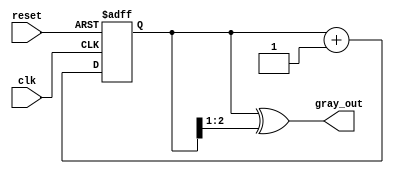
module gray_code_counter (
    input wire clk,          // Clock input
    input wire reset,        // Asynchronous reset input
    output reg [2:0] gray_out // 3-bit Gray code output
);

    reg [2:0] binary_count; // Internal binary counter

    // Convert binary to Gray code
    function [2:0] binary_to_gray;
        input [2:0] binary;
        begin
            binary_to_gray = binary ^ (binary >> 1);
        end
    endfunction

    // Sequential logic for counting
    always @(posedge clk or posedge reset) begin
        if (reset) begin
            binary_count <= 3'b000; // Reset binary counter to 0
        end else begin
            binary_count <= binary_count + 1; // Increment binary counter
        end
    end

    // Update Gray code output
    always @(binary_count) begin
        gray_out <= binary_to_gray(binary_count); // Convert to Gray code
    end

endmodule